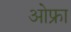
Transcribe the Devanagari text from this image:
ओफ्रा